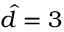
\hat { d } = 3